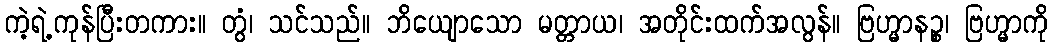
ကဲ့ရဲ့ကုန်ပြီးတကား။ တွံ၊ သင်သည်။ ဘိယျောသော မတ္တာယ၊ အတိုင်းထက်အလွန်။ ဗြဟ္မာနဉ္စ၊ ဗြဟ္မာကို